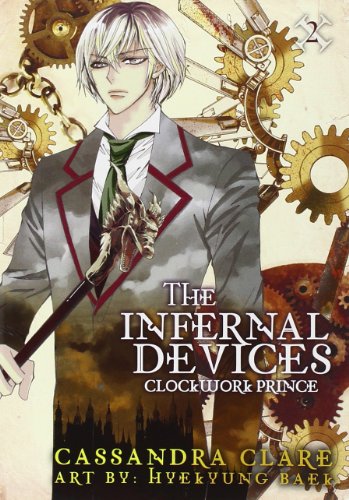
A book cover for The Infernal Devices: Clockwork Prince; Cassandra Clare; Comics & Graphic Novels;